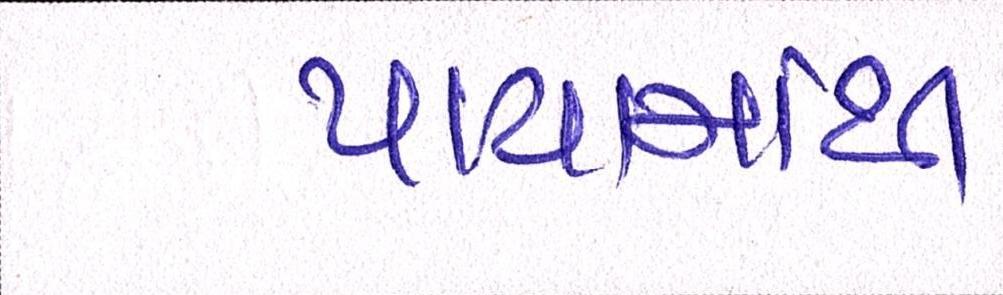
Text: પાયામાંથી